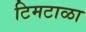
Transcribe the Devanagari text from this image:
टिमटाळा